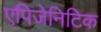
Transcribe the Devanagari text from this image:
एपिजेनिटिक